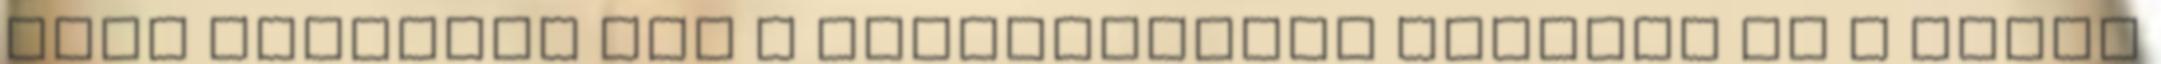
éles ellentét van a polgármester akarata és a helyi